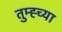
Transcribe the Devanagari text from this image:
तुम्ह्च्या